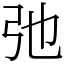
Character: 弛